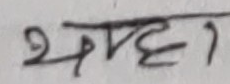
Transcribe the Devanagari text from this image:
अमृदा